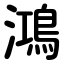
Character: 鴻